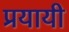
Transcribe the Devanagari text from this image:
प्रयायी